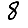
Digit: 8